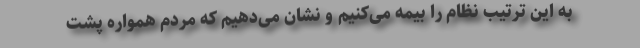
به این ترتیب نظام را بیمه می‌کنیم و نشان می‌دهیم که مردم همواره پشت